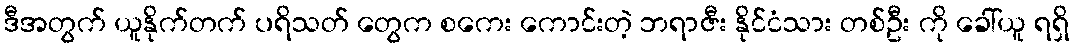
ဒီအတွက် ယူနိုက်တက် ပရိသတ် တွေက စကေး ကောင်းတဲ့ ဘရာဇီး နိုင်ငံသား တစ်ဦး ကို ခေါ်ယူ ရရှိ